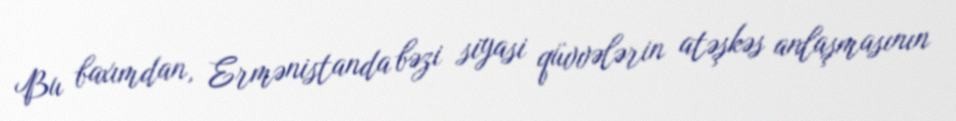
Bu baxımdan, Ermənistanda bəzi siyasi qüvvələrin atəşkəs anlaşmasının